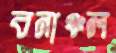
বনাঞ্চল